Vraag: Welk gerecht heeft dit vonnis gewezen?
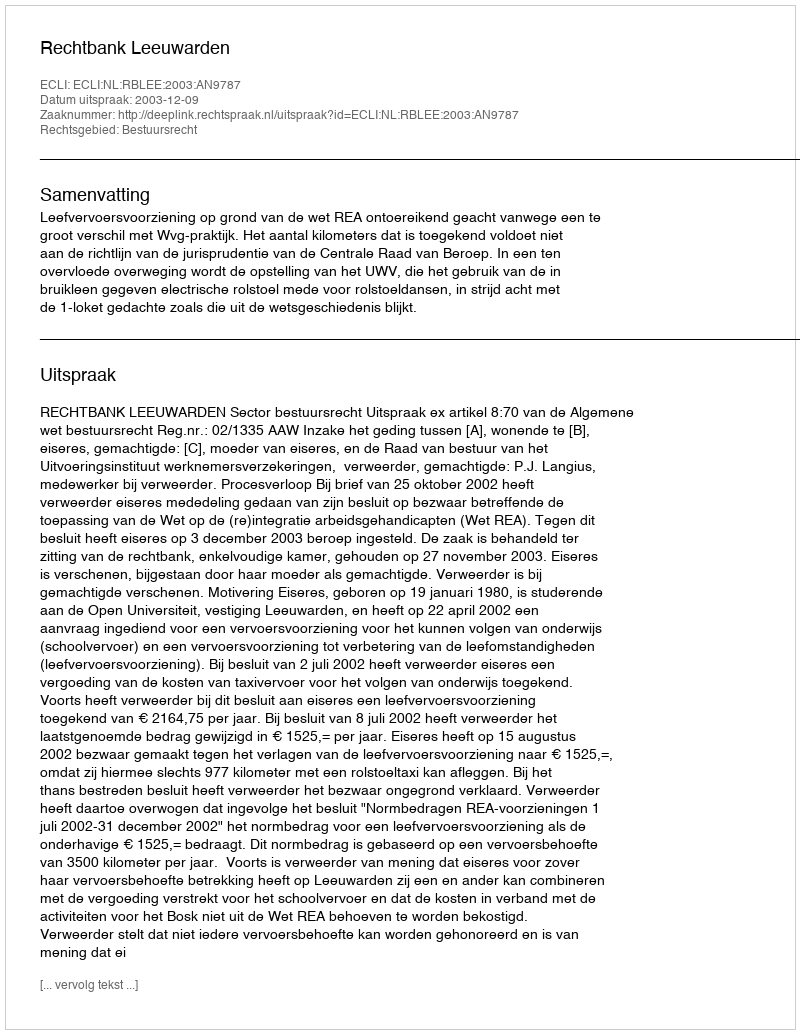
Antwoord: Rechtbank Leeuwarden